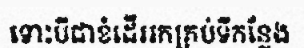
ទោះបីជាខំដើររកគ្រប់ទីកន្លែង